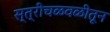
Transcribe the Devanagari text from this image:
स्त्रीचळवळीतून